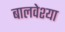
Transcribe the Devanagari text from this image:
बालवेश्या